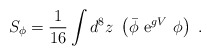
\begin{align*}S_\phi=\frac{1}{16}\int d^8z\ \left( {\bar\phi}\ {\mathrm e}^{gV}\ \phi\right)\ .\end{align*}